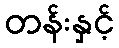
တန်းနှင့်